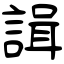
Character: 諿